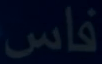
فاس